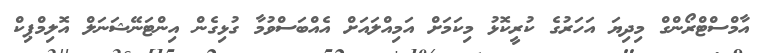
އާމްސްޓްރޯންގް މިދިޔަ އަހަރުގެ ކުރީކޮޅު މިކަމަށް އަމިއްލައަށް އެއްބަސްވުމާ ގުޅިގެން އިންޓަނޭޝަނަލް އޮލިމްޕިކް